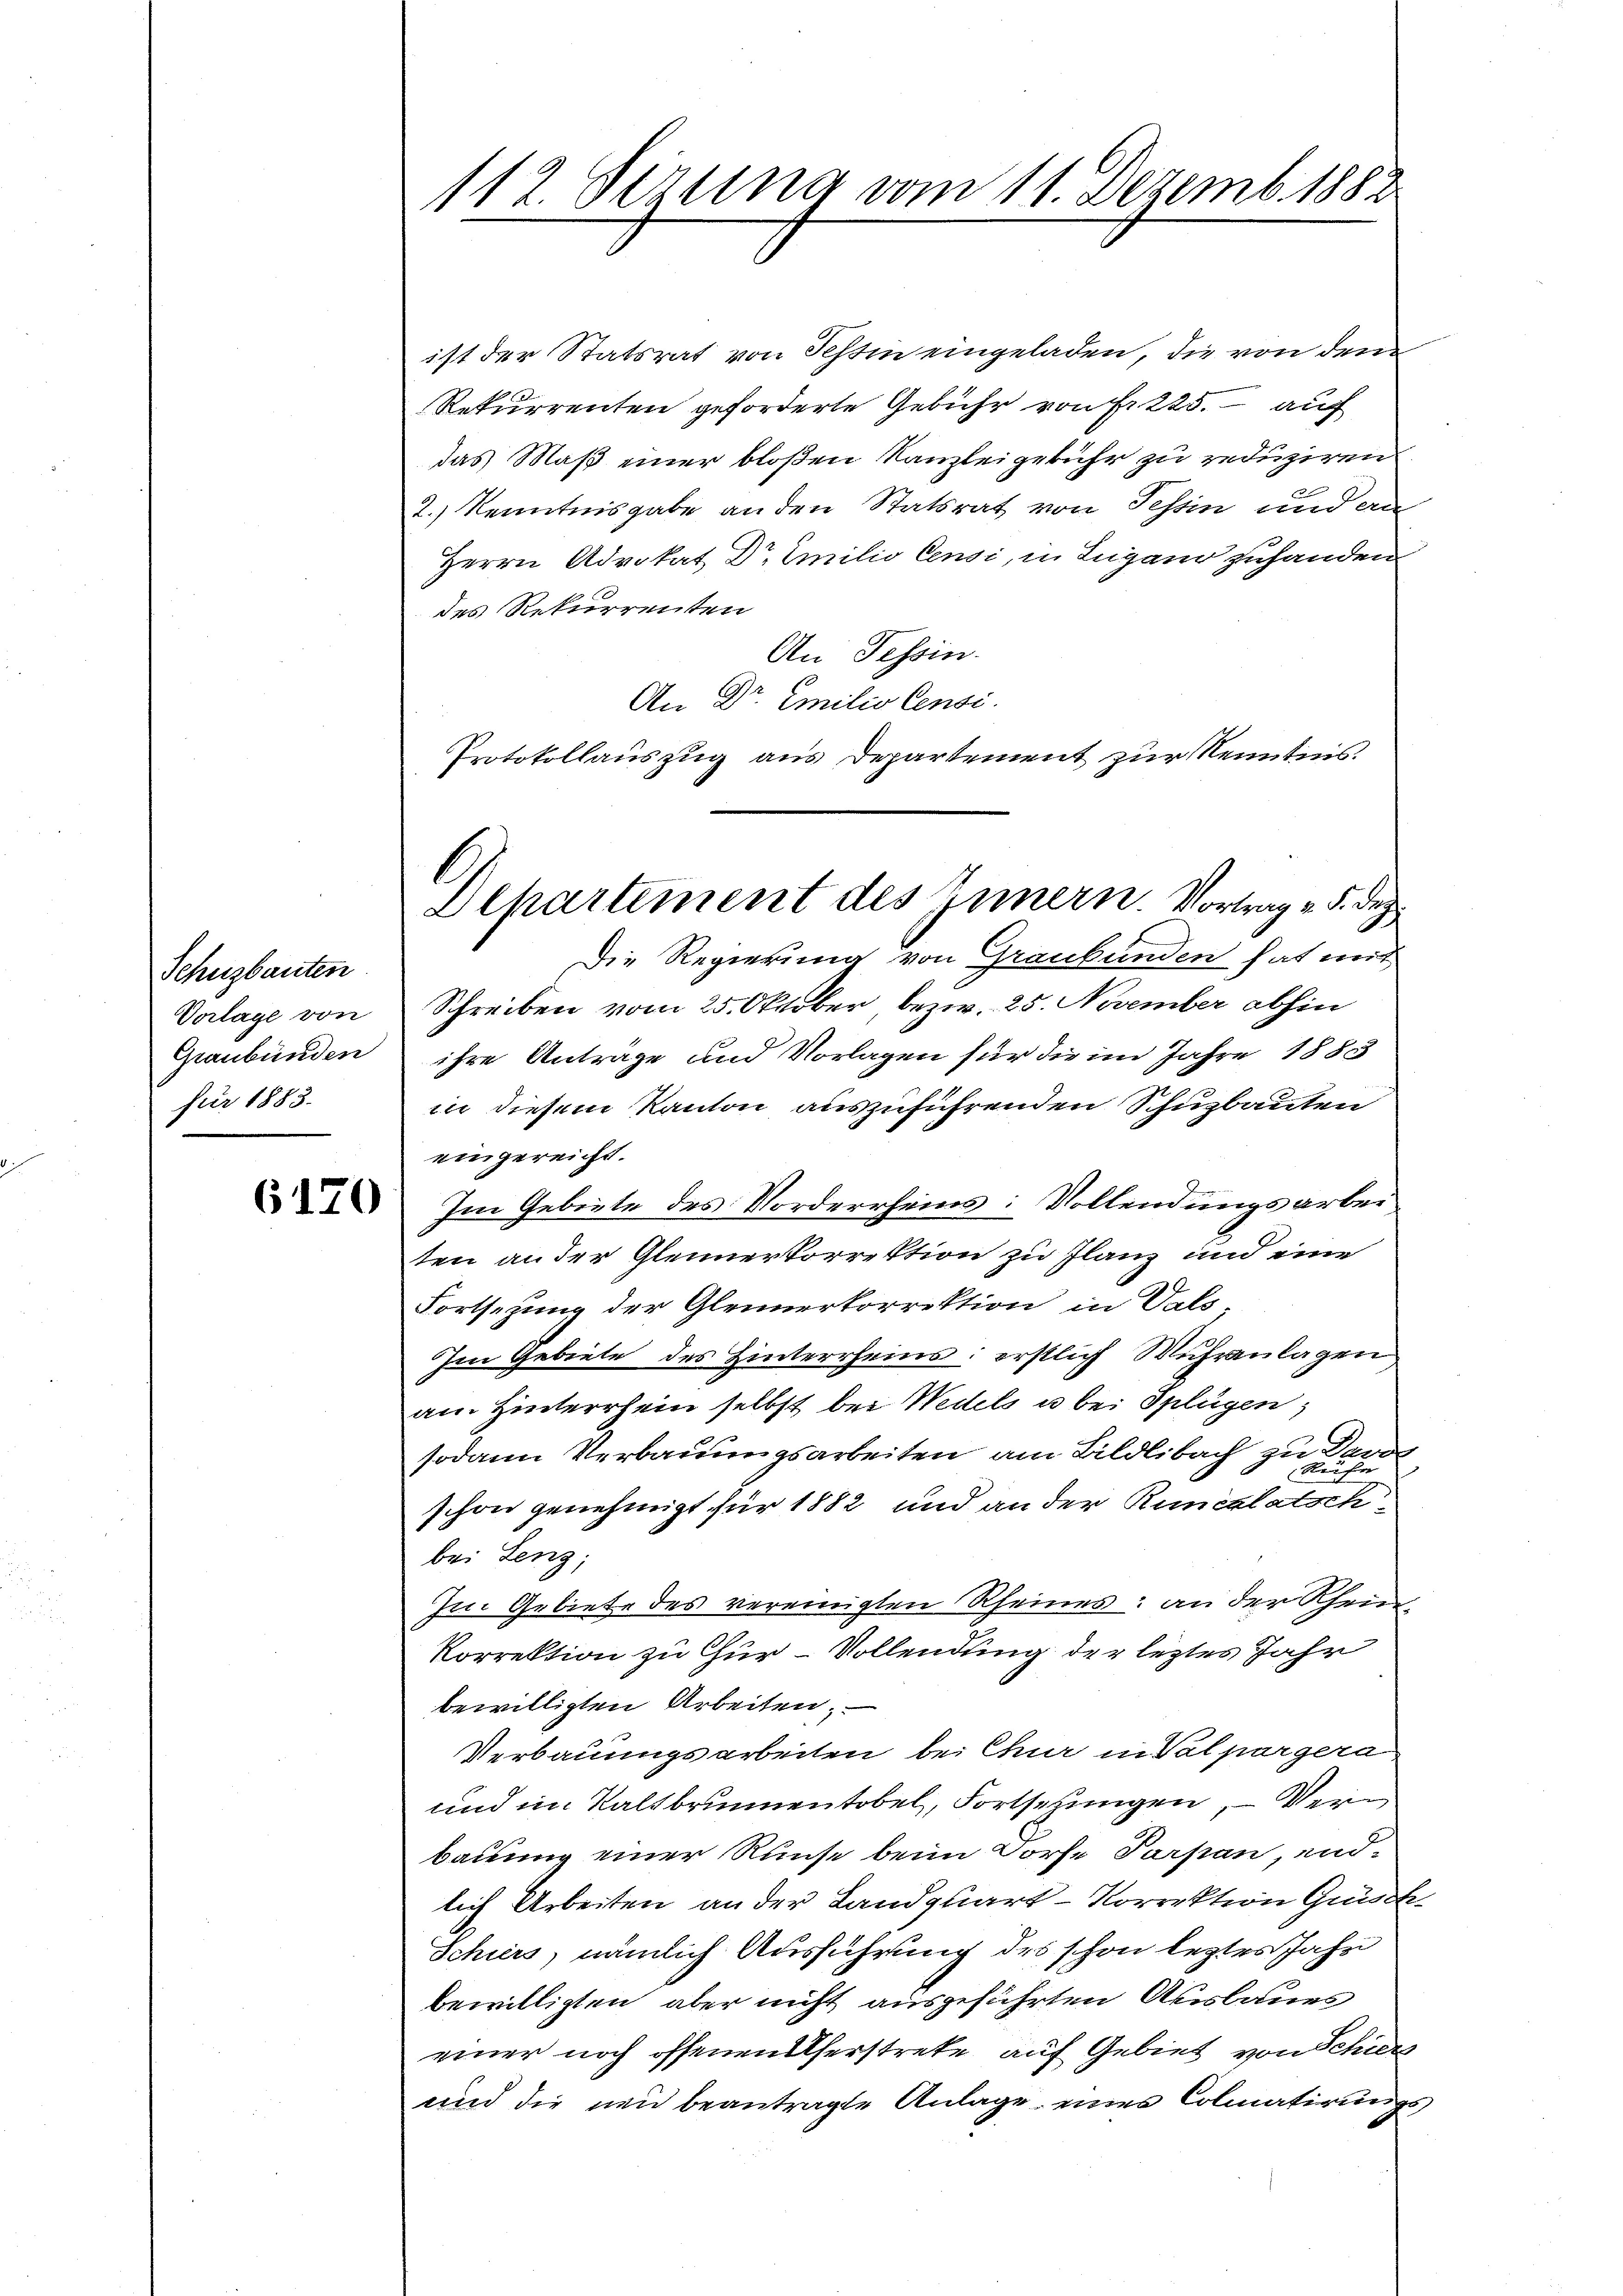
Schuzbauten.
Vorlage von
Graubünden
für 1883.

6170

112. Serena vom 11. Dezemb. 1882

ist der Statsrat von Schin eingeladen, die von dem
Rekurrenten geforderte Gebühr von Fr. 225. auf
das Maß einer bloßen Kanzleigebühr zu reduziren
2.) Kenntnisgabe an den Statsrat von Tessin und an
Herrn Advokat Dr Emilio Censi, in Lugano zuhanden
des Rekurrenten
An Tessin.
An Dr Emilio Censi
Protokollauszug aus Departement zur Kenntnis.
Die Regierung von Graubünden hat mit
Schreiben vom 25. Oktober, bezw. 25. November abhin
ihre Antrage und Vorlagen für die im Jahre 1883
in diesem Kanton auszuführenden Schuzbauten
eingereicht.
Im Gebiete des Vorderrheins: Vollendungsarbei
ten an der Gleinerkorrektion zu Flanz und eine
Fortsetzung der Gleinerkorrektion in Vals¬
Im Gebiete des Hinterrheins: erstlich Muhranlagen
am Hinterrhein selbst bei Wedels u. bei Splügen,
sodann Verbauungsarbeiten am Bildlibach zu Davol
schon genehmigt für 1882 und an der Runcklatsch
bei Lenz
Im Gebiete des vereinigten Rheines: an der Rhein
Korrektion zu Chur-Vollendung der leztes Jahr
bewilligten Arbeiten.
Verbauungsarbeiten bei Chur in Valpargera
und im Kaltbrunnentobel, Fortsetzungen, Verbauung einer Runse beim Dorfe Parpan, end-
lich Arbeiten an der Landquart - Korrektion Grüsch¬
Schiers, nämlich Ausführung des schon leztes Jahr
bewilligten aber nicht ausgeführten Auslaues
einer noch offenen Uferstrete auf Gebiet von Schiers
und die neu beantragte Anlage eines Colmatirungs¬

Departement des Innern. Vortrag v. 5. des